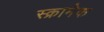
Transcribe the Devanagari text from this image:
स्क्रामेक